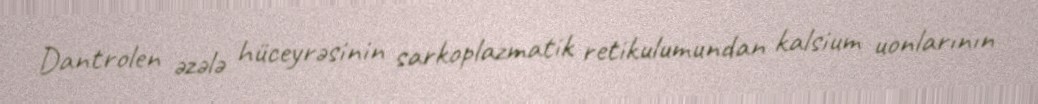
Dantrolen əzələ hüceyrəsinin sarkoplazmatik retikulumundan kalsium uonlarının